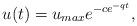
LaTeX: \begin{align*}u(t)=u_{max}e^{-ce^{-qt}},\end{align*}